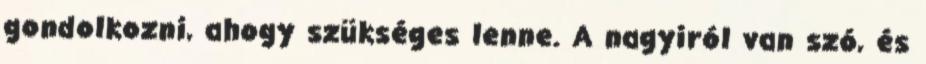
gondolkozni, ahogy szükséges lenne. A nagyiról van szó, és